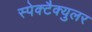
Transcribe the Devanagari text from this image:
स्पेक्टैक्युलर